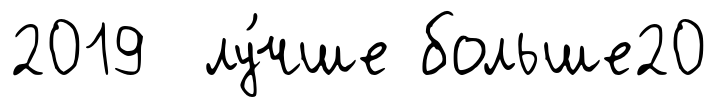
2019 лу́чше больше20